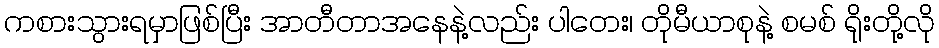
ကစားသွားရမှာဖြစ်ပြီး အာတီတာအနေနဲ့လည်း ပါတေး၊ တိုမီယာစုနဲ့ စမစ် ရိုးတို့လို